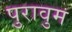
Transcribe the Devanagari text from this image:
पुरावुम